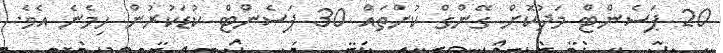
20 ޕަސެންޓް މަދުކޮށް ގޭންގް ކުށްތައް 30 ޕަސެންޓް ކުޑަކުރުން ހިމެނެ އެވެ.